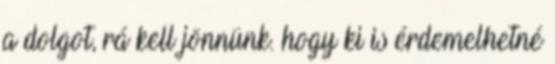
a dolgot, rá kell jönnünk. hogy ki is érdemelhetné